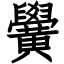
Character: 黌